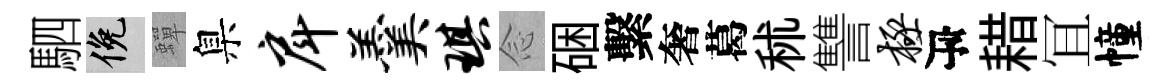
駟俯蟬臬戽羹琪𫝹硱繫奢葛秫讐极瓴耤冝幢